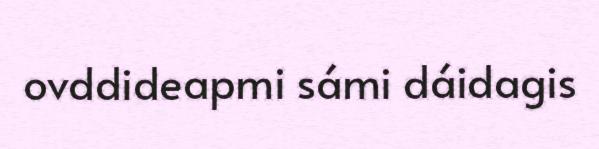
ovddideapmi sámi dáidagis